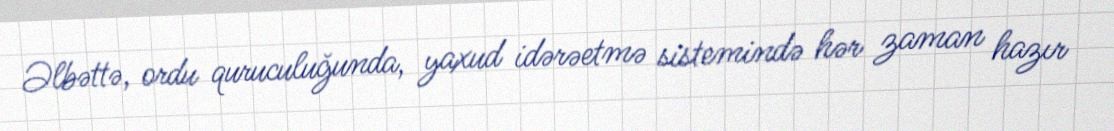
Əlbəttə, ordu quruculuğunda, yaxud idərəetmə sistemində hər zaman hazır